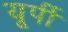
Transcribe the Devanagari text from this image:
यूर्पी